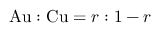
\mathrm { A u } : \mathrm { C u } = r : 1 - r